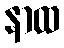
နာထ